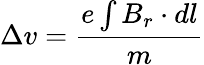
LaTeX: \Delta v=\frac{e\int B_{r}\cdot dl}{m}